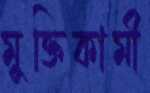
মুক্তিকামী